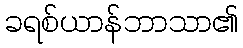
ခရစ်ယာန်ဘာသာ၏